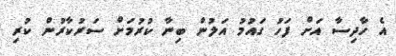
އެ ހާދިސާ އަށް ފަހު ގައުމު އަލުން ބިނާ ކުރުމަށް ސަރުކާރުން ކުރި